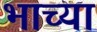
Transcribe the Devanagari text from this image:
भाच्या